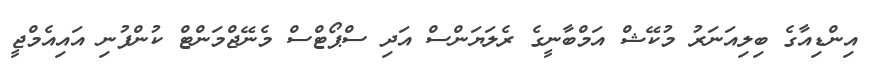
އިންޑިއާގެ ބިލިއަނަރު މުކޭޝް އަމްބާނީގެ ރެލަޔަންސް އަދި ސްޕޯޓްސް މެނޭޖްމަންޓް ކުންފުނި އައިއެމްޖީ